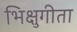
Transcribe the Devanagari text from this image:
भिक्षुगीता